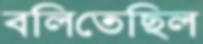
বলিতেছিল